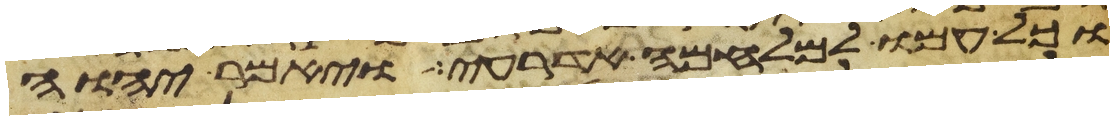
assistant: וכל עמו למלחמה אדרעי ויאמר יהוה